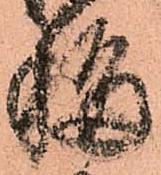
移